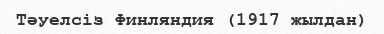
Тәуелсіз Финляндия (1917 жылдан)